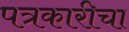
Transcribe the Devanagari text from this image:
पत्रकारीचा